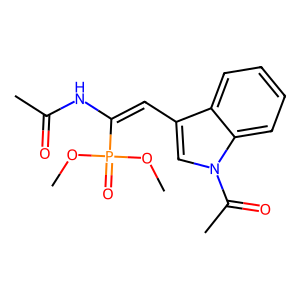
SMILES: COP(=O)(OC)C(=Cc1cn(C(C)=O)c2ccccc12)NC(C)=O
Inhibits HIV replication: No